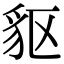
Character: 䝙